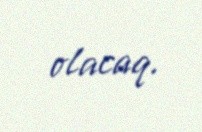
olacaq.